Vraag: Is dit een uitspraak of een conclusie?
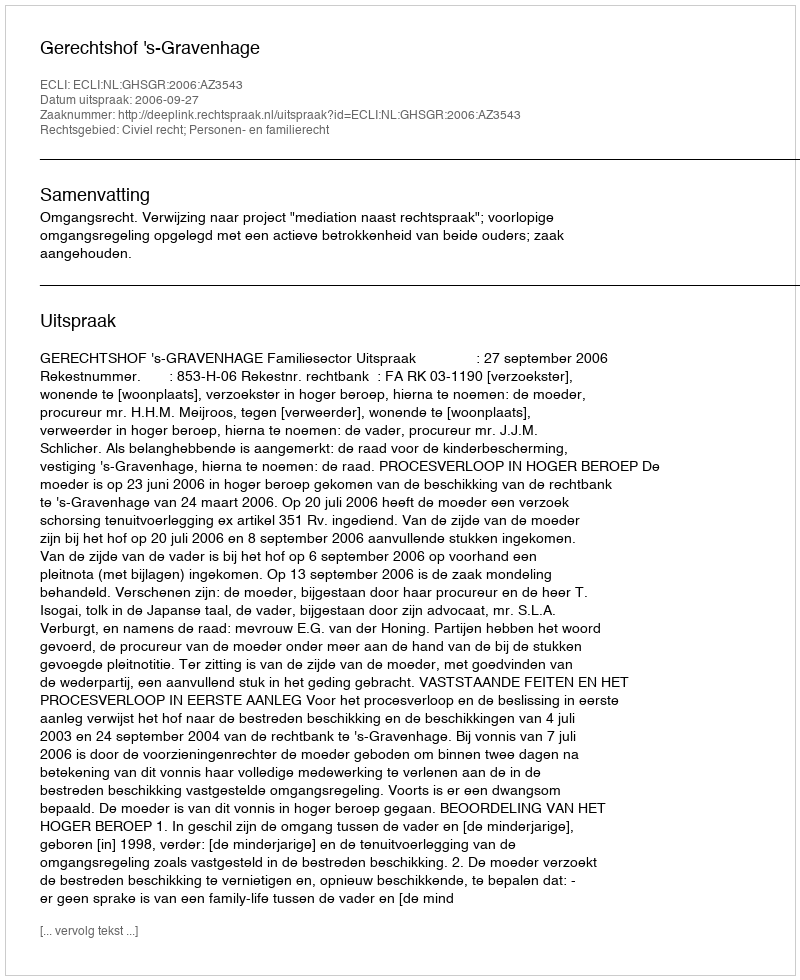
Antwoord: Uitspraak